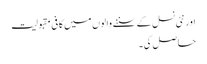
اور نئی نسل کے سننے والوں میں کافی مقبولیت
حاصل کی۔